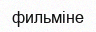
фильміне